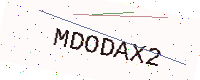
Text: MDODAX2